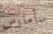
سأمارس